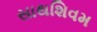
સાથશિવમ